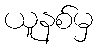
ယူနစ်မှ